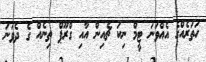
ހަތަރެއްގެ އެއްވަނަ ޓީމް ނިކަ ޗެއިން އާއި ގްރޫޕް ތިނެއް ގެ ދެވަނަ